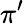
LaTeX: \pi^{\prime}